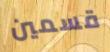
قسمين